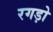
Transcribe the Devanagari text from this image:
रगड़ो